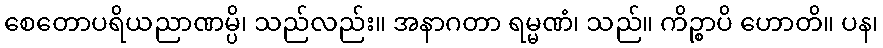
စေတောပရိယညာဏမ္ပိ၊ သည်လည်း။ အနာဂတာ ရမ္မဏံ၊ သည်။ ကိဉ္စာပိ ဟောတိ။ ပန၊